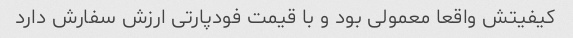
کیفیتش واقعا معمولی بود و با قیمت فودپارتی ارزش سفارش دارد